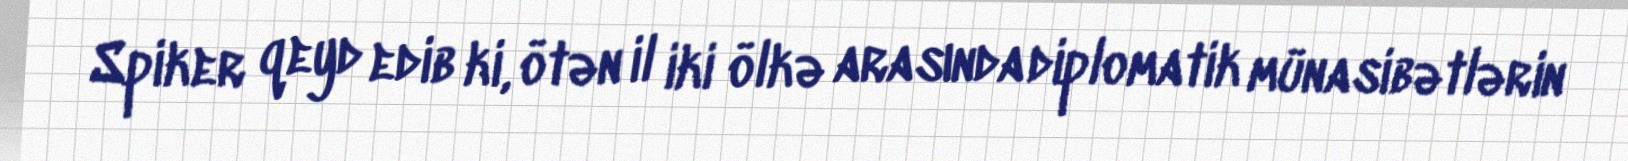
Spiker qeyd edib ki, ötən il iki ölkə arasında diplomatik münasibətlərin